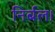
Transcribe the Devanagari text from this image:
निर्बल।